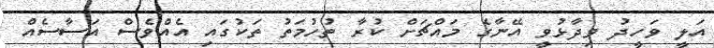
އަލީ ވަހީދު ވިދާޅުވީ އޭނާގެ މައްޗަށް ކުރާ ތުހުމަތު ތަކުގައި އެއްވެސް އަސާސެއް